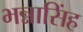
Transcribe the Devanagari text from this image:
भन्नासिंह